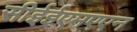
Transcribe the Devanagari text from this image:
सीईईएमएएन